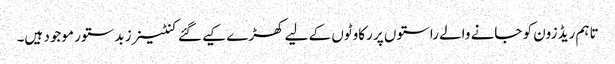
تاہم ریڈ زون کو جانے والے راستوں پر رکاوٹوں کے لیے کھڑے کیے گئے کنٹینرز بدستور موجود ہیں۔